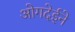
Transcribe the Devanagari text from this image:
ओगदेईने